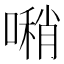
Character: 𠿀